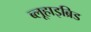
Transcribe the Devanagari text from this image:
ब्लूहाइब्रिड